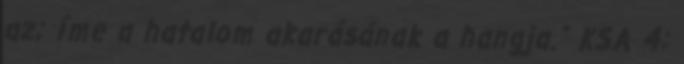
az; íme a hatalom akarásának a hangja.” KSA 4: